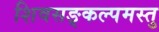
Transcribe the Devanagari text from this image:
शिवसङ्कल्पमस्तु